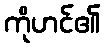
ကိုဟင်၏